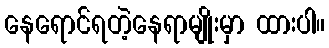
နေရောင်ရတဲ့နေရာမျိုးမှာ ထားပါ။